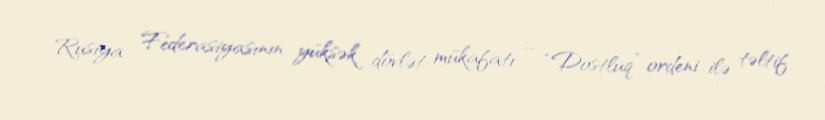
Rusiya Federasiyasının yüksək dövlət mükafatı – “Dostluq” ordeni ilə təltif